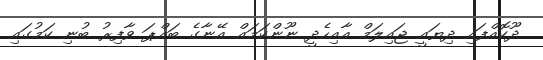
ދޫކޮއްފައި ދިޔައީ ޖައިލަމް އާއިހެެދީ ނޫންކަމައް އޭނާގެ ބައްޕަ ވާފިރު ބުނި ކަމުގައި